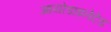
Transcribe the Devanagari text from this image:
आयोडाइनेटेड